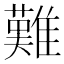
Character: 難